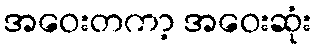
အဝေးတကာ့ အဝေးဆုံး